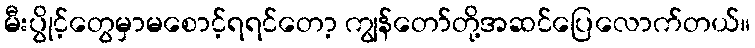
မီးပွိုင့်တွေမှာမစောင့်ရရင်တော့ ကျွန်တော်တို့အဆင်ပြေလောက်တယ်။